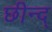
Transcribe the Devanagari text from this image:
छीन्द्